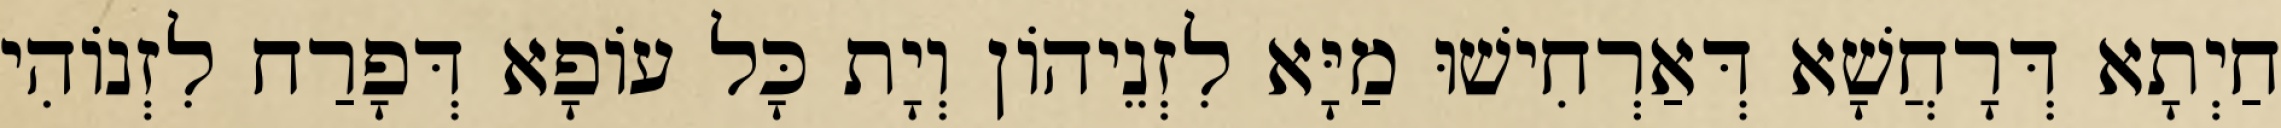
חַיְתָא דְּרָחֲשָׁא דְּאַרְחִישׁוּ מַיָּא לִזְנֵיהוֹן וְיָת כָּל עוֹפָא דְּפָרַח לִזְנוֹהִי